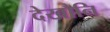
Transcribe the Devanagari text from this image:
देखौनि